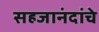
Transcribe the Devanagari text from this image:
सहजानंदांचे